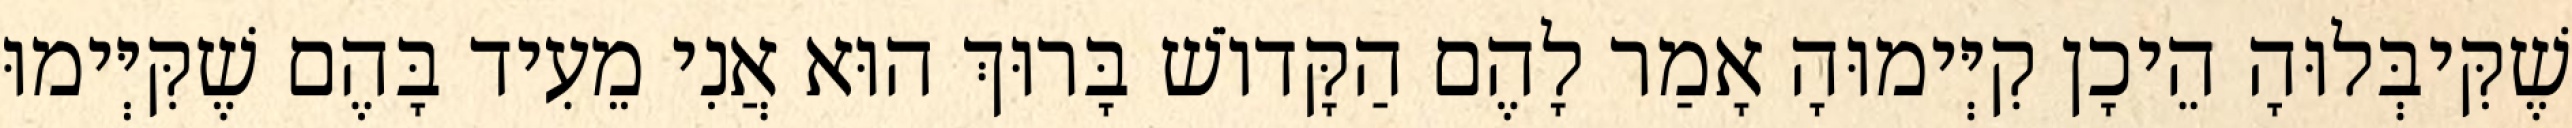
שֶׁקִּיבְּלוּהָ הֵיכָן קִיְּימוּהָ אָמַר לָהֶם הַקָּדוֹשׁ בָּרוּךְ הוּא אֲנִי מֵעִיד בָּהֶם שֶׁקִּיְּימוּ